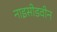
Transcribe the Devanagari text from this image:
नाइसीडवीन